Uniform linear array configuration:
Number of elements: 12
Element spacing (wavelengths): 0.75
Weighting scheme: hann
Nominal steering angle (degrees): -15
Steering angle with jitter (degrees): -15.917
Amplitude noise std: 0.05
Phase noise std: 0.05

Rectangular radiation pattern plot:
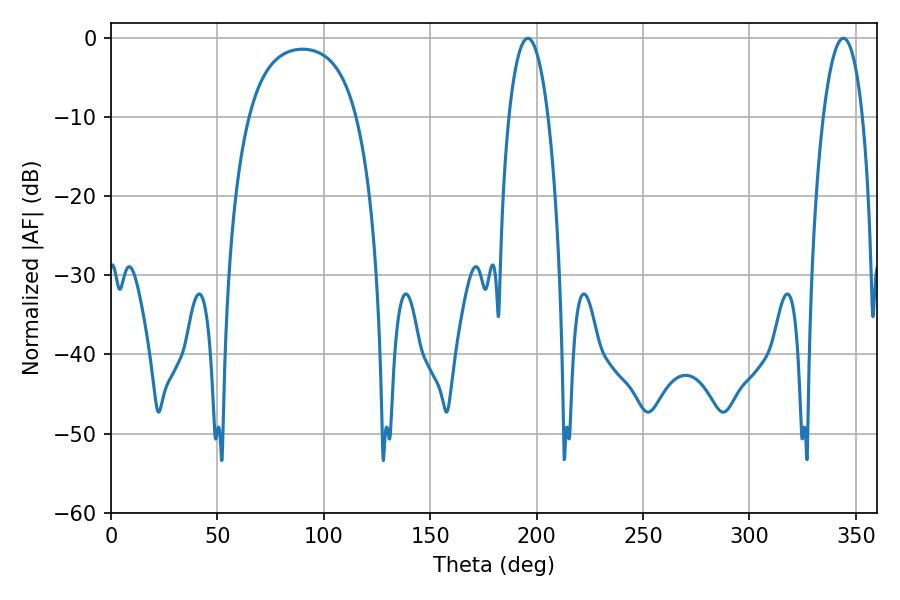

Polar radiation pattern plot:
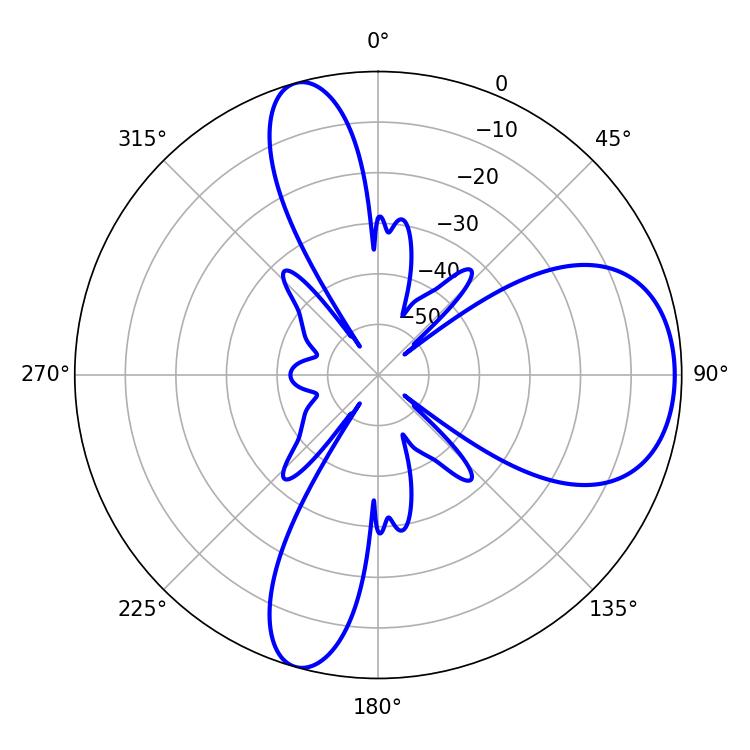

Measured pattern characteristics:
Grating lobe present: TRUE
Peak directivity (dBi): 7.919
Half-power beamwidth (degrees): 10.26
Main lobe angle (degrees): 195.84